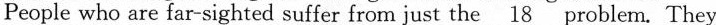
People who are far-sighted suffer from just the \underline{18} problem. They